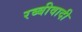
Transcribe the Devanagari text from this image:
रब्बीवादी